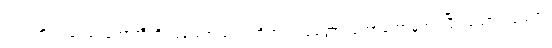
ဖဿကို။ ဖဿောဟောတီတိ၊ ဖဿော ဟောတိဟူ၍။ ဝုတ္တော၊ ဟောတော်မူအပ်ပြီ။ သော ဖဿော၊